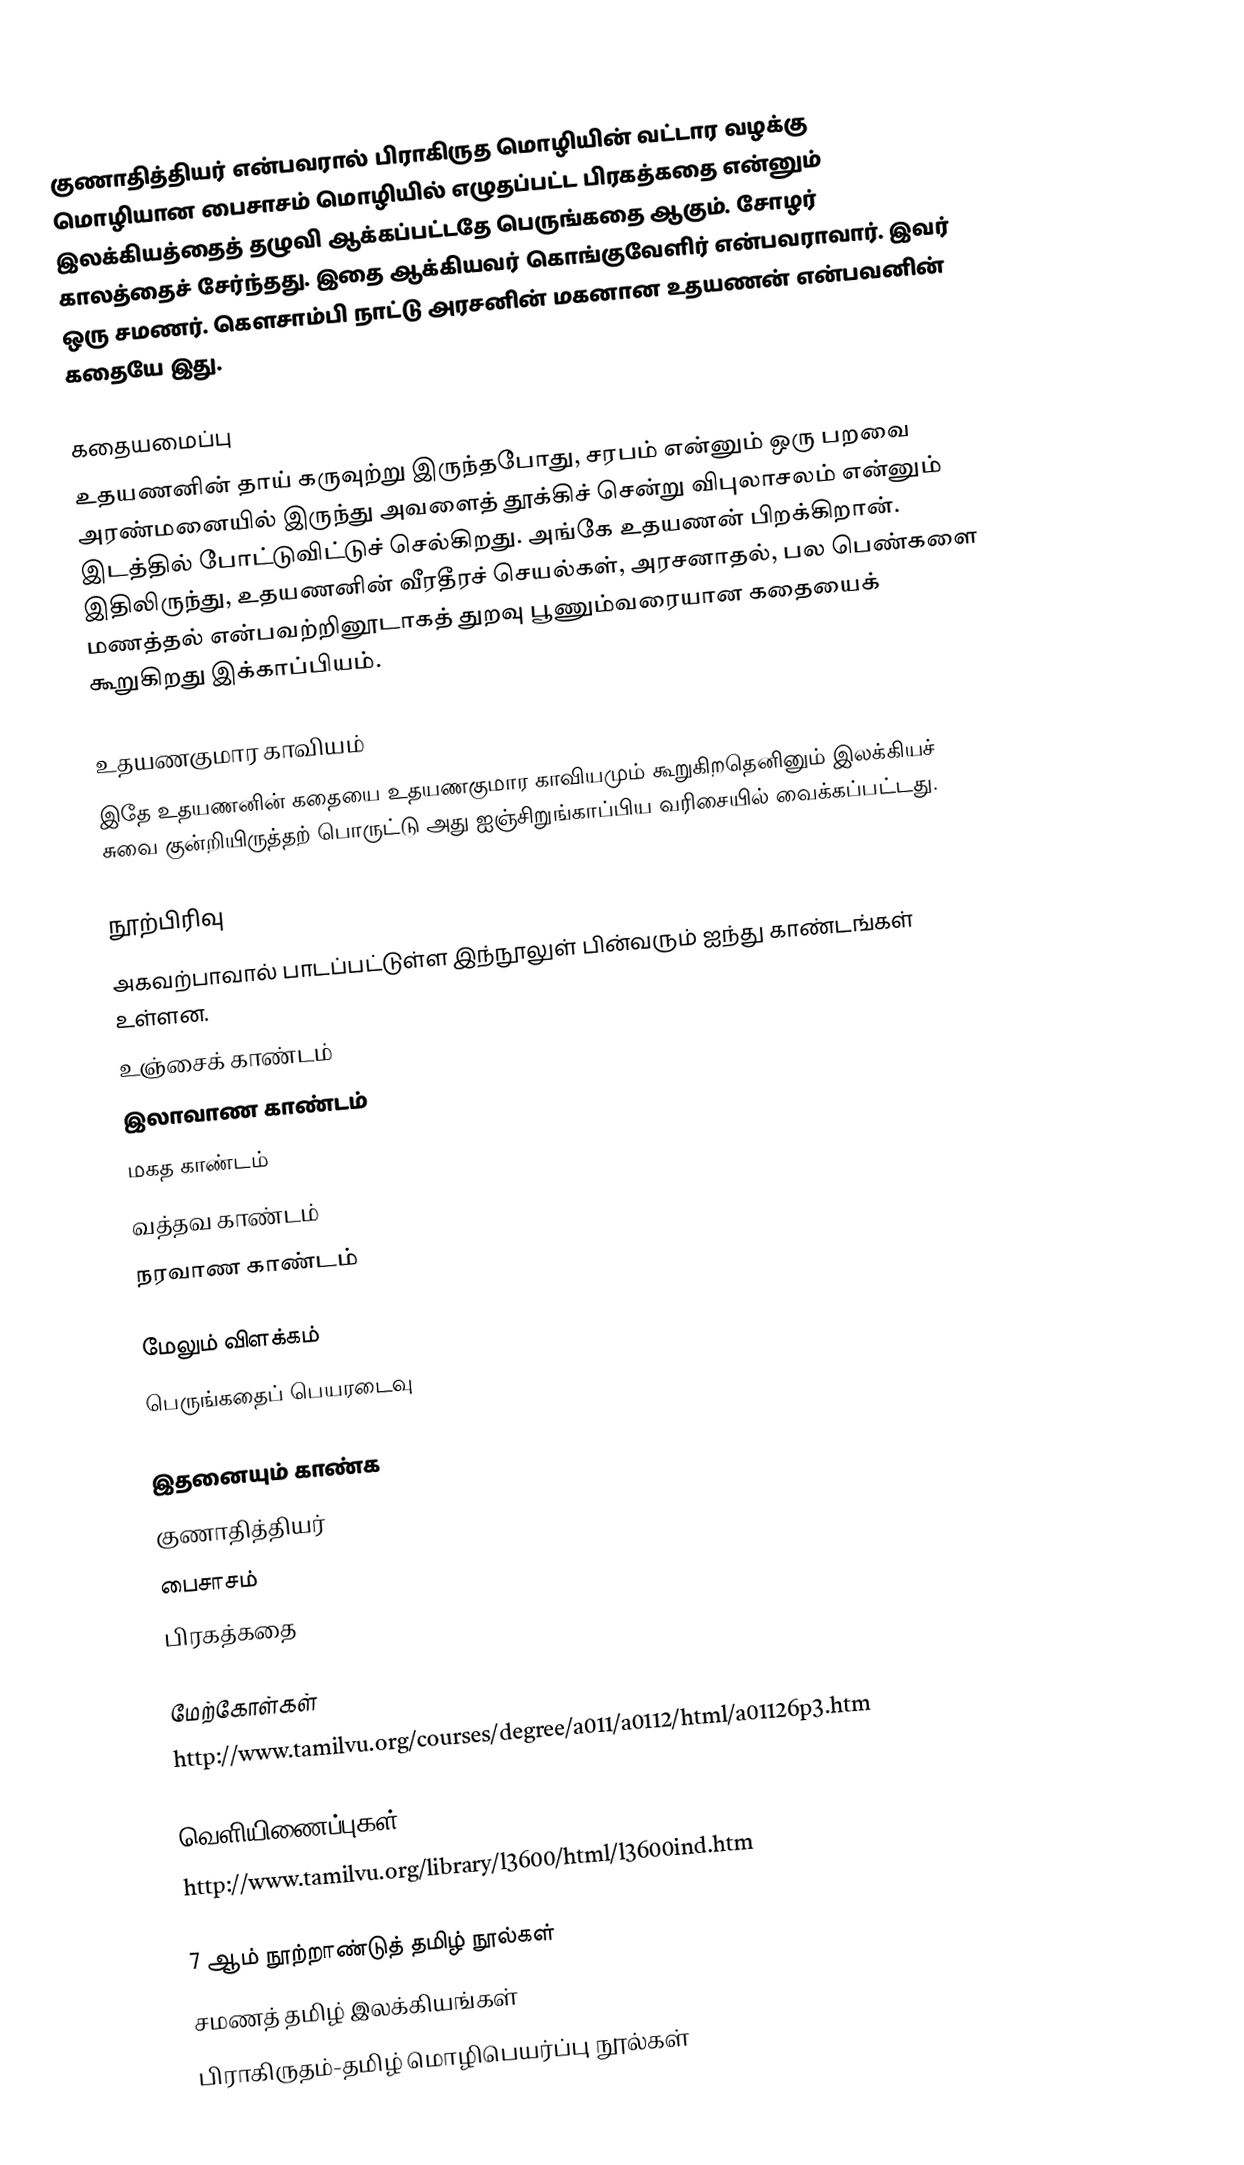
குணாதித்தியர் என்பவரால் பிராகிருத மொழியின் வட்டார வழக்கு மொழியான பைசாசம் மொழியில் எழுதப்பட்ட பிரகத்கதை என்னும் இலக்கியத்தைத் தழுவி ஆக்கப்பட்டதே பெருங்கதை ஆகும். சோழர் காலத்தைச் சேர்ந்தது. இதை ஆக்கியவர் கொங்குவேளிர் என்பவராவார். இவர் ஒரு சமணர். கௌசாம்பி நாட்டு அரசனின் மகனான உதயணன் என்பவனின் கதையே இது.

கதையமைப்பு
உதயணனின் தாய் கருவுற்று இருந்தபோது, சரபம் என்னும் ஒரு பறவை அரண்மனையில் இருந்து அவளைத் தூக்கிச் சென்று விபுலாசலம் என்னும் இடத்தில் போட்டுவிட்டுச் செல்கிறது. அங்கே உதயணன் பிறக்கிறான். இதிலிருந்து, உதயணனின் வீரதீரச் செயல்கள், அரசனாதல், பல பெண்களை மணத்தல் என்பவற்றினூடாகத் துறவு பூணும்வரையான கதையைக் கூறுகிறது இக்காப்பியம்.

உதயணகுமார காவியம்
இதே உதயணனின் கதையை உதயணகுமார காவியமும் கூறுகிறதெனினும் இலக்கியச் சுவை குன்றியிருத்தற் பொருட்டு அது ஐஞ்சிறுங்காப்பிய வரிசையில் வைக்கப்பட்டது.

நூற்பிரிவு
அகவற்பாவால் பாடப்பட்டுள்ள இந்நூலுள் பின்வரும் ஐந்து காண்டங்கள் உள்ளன.
 உஞ்சைக் காண்டம்
 இலாவாண காண்டம்
 மகத காண்டம்
 வத்தவ காண்டம்
 நரவாண காண்டம்

மேலும் விளக்கம்
 பெருங்கதைப் பெயரடைவு

இதனையும் காண்க
 குணாதித்தியர்
 பைசாசம்
 பிரகத்கதை

மேற்கோள்கள்
http://www.tamilvu.org/courses/degree/a011/a0112/html/a01126p3.htm

வெளியிணைப்புகள்
http://www.tamilvu.org/library/l3600/html/l3600ind.htm

7 ஆம் நூற்றாண்டுத் தமிழ் நூல்கள்
சமணத் தமிழ் இலக்கியங்கள்
பிராகிருதம்-தமிழ் மொழிபெயர்ப்பு நூல்கள்